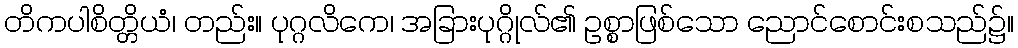
တိကပါစိတ္တိယံ၊ တည်း။ ပုဂ္ဂလိကေ၊ အခြားပုဂ္ဂိုလ်၏ ဥစ္စာဖြစ်သော ညောင်စောင်းစသည်၌။